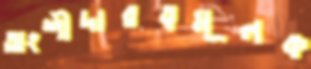
অংশীদারত্বমূলক